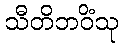
သီတိဘဝိံသု